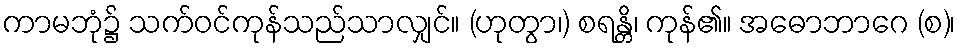
ကာမဘုံ၌ သက်ဝင်ကုန်သည်သာလျှင်။ (ဟုတွာ၊) စရန္တိ၊ ကုန်၏။ အဓောဘာဂေ (စ)၊